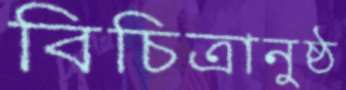
বিচিত্রানুষ্ঠ